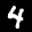
Label: 4